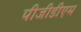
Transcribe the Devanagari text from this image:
पीजीडीएम